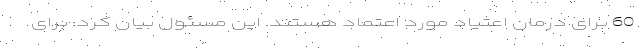
60 برای درمان اعتیاد مورد اعتماد هستند. این مسئول بیان کرد: برای